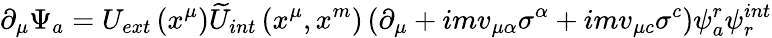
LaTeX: \partial_{\mu}\Psi_{a}=U_{ext}\left(x^{\mu}\right)\widetilde{U}_{int}\left(x^{\mu},x^{m}\right)\left(\partial_{\mu}+imv_{\mu\alpha}\sigma^{\alpha}+imv_{\mu c}\sigma^{c}\right)\psi_{a}^{r}\psi_{r}^{int}